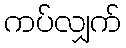
ကပ်လျှက်